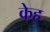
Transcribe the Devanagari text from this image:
केह